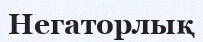
Негаторлық